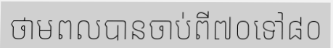
ថាមពលបានចាប់ពី៧០ទៅ៨០